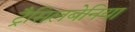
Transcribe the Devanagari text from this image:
ट्रैसिलबेनिया